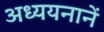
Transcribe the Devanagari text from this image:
अध्ययनानें